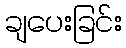
ချပေးခြင်း